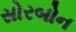
સોરબોન